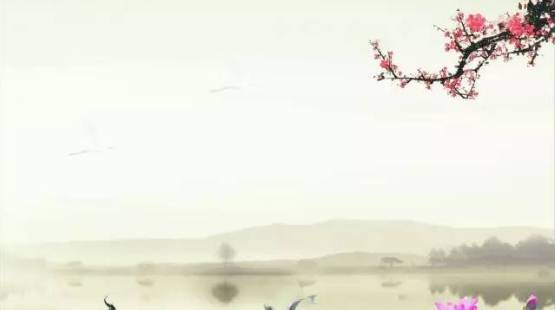
寄语洛城风日道，明年春色倍还人。